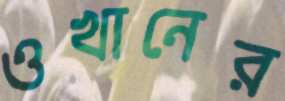
ওখানের